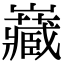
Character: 𭗶